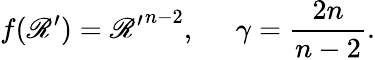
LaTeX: f(\mathscr{R}^{\prime})={\mathscr{R}^{\prime}}^{n-2},\; \; \; \; \; \gamma={\frac{{2n}}{{n-2}}}.